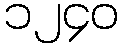
၁၂၄၀